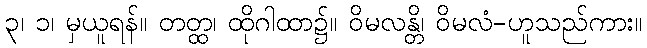
၃၊ ၁၊ မှယူရန်။ တတ္ထ၊ ထိုဂါထာ၌။ ဝိမလန္တိ၊ ဝိမလံ-ဟူသည်ကား။